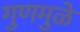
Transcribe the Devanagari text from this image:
गुणमुळे